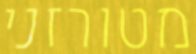
מטורזני